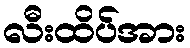
လီးထိပ်အား